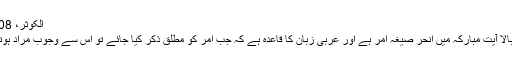
الْکَوْثَر، 108: 2
درج بالا آیتِ مبارکہ میں اِنْحَرْ صیغہ امر ہے اور عربی زبان کا قاعدہ ہے کہ جب امر کو مطلق ذکر کیا جائے تو اس سے وجوب مراد ہوتا ہے۔